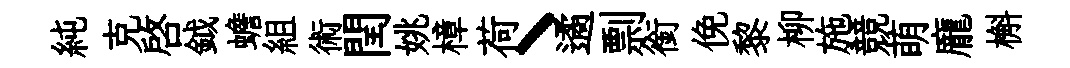
純克啓鉞蟾組術閏姚樟荷丶遹剽銜俛黎柳施競萌龐槲